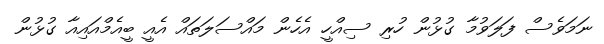
ނަމަވެސް ފަލަވުމާ ގުޅުން ހުރި ސިއްހީ އެހެން މައްސަލަތައް އެއީ ބީއެމްއައިއާ ގުޅުން